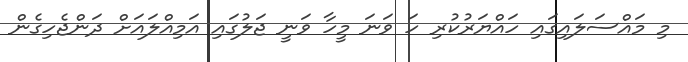
މި މައްސަލައިގައި ހައްޔަރުކުރި ހަ ވަނަ މީހާ ވަނީ ޖަލުގައި އަމިއްލައަށް ދަންޖެހިގެން